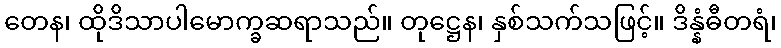
တေန၊ ထိုဒိသာပါမောက္ခဆရာသည်။ တုဋ္ဌေန၊ နှစ်သက်သဖြင့်။ ဒိန္နံဓီတရံ၊